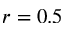
r = 0 . 5